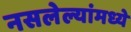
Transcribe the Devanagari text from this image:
नसलेल्यांमध्ये